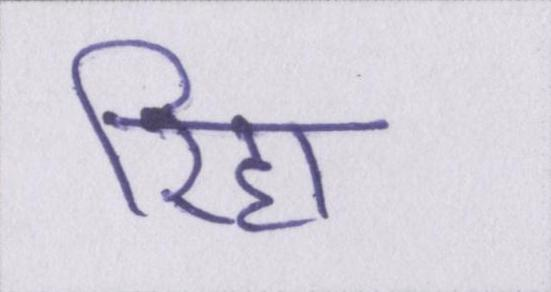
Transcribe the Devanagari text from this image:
रिहा